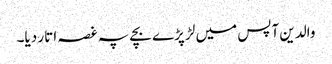
والدین آپس میں لڑ پڑے بچے پہ غصہ اتار دیا۔